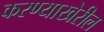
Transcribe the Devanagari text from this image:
करण्याखेरील